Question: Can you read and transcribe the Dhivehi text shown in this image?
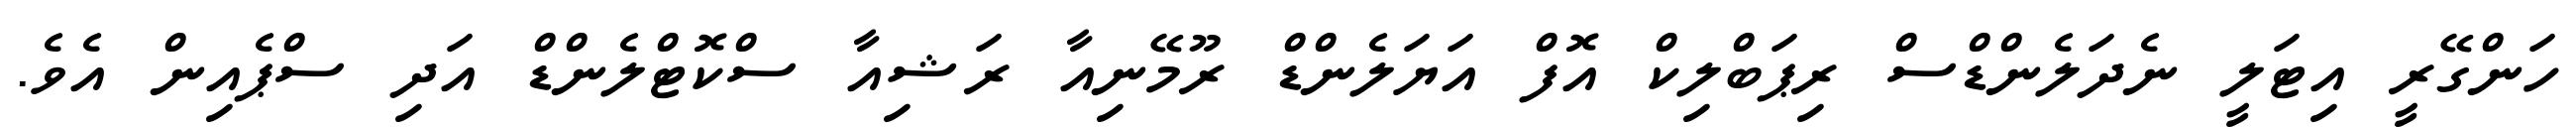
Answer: ހަންގޭރީ އިޓަލީ ނެދަލެންޑްސް ރިޕަބްލިކް އޮފް އަޔަލެންޑް ރޫމޭނިއާ ރަޝިއާ ސްކޮޓްލެންޑް އަދި ސްޕެއިން އެވެ.